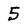
Character: 5